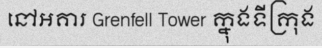
នៅអគារ Grenfell Tower ក្នុងទីក្រុង